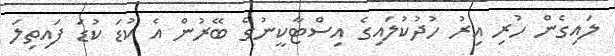
ލައިގެން ހުރި އިރު ހުދުކުލައިގެ އިސްޓާކީނުގެ ބޭރުން އެ ކުޑަ ކުޑަ ފައިތިލަ